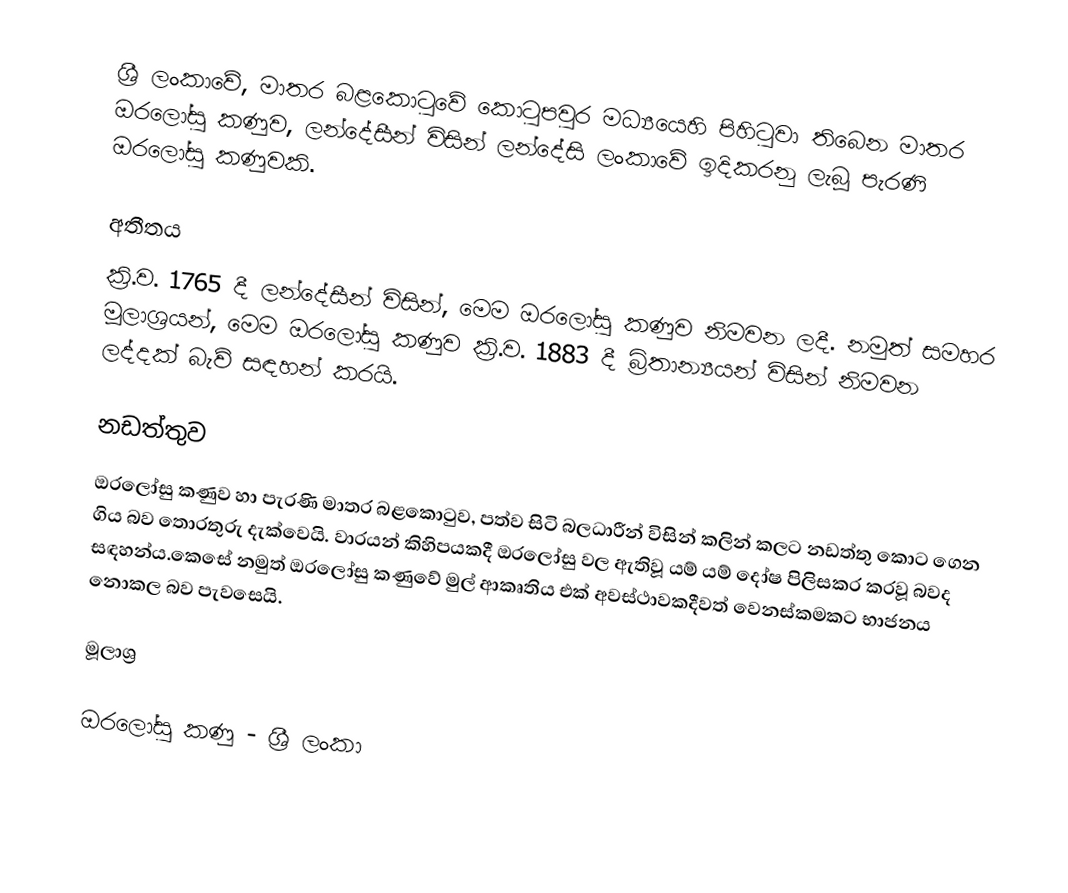
ශ්‍රී ලංකාවේ, මාතර බළකොටුවේ කොටුපවුර මධ්‍යයෙහි පිහිටුවා තිබෙන මාතර ඔරලෝසු කණුව, ලන්දේසීන් විසින් ලන්දේසි ලංකාවේ ඉදිකරනු ලැබූ පැරණි ඔරලෝසු කණුවකි.

අතීතය
ක්‍රි.ව.  1765 දී ලන්දේසීන් විසින්, මෙම ඔරලෝසු කණුව නිමවන ලදී. නමුත් සමහර මූලාශ්‍රයන්, මෙම ඔරලෝසු කණුව ක්‍රි.ව.  1883 දී බ්‍රිතාන්‍යයන් විසින් නිමවන ලද්දක් බැව් සඳහන් කරයි.

නඩත්තුව
ඔරලෝසු කණුව හා පැරණි මාතර බළකොටුව, පත්ව සිටි බලධාරීන් විසින් කලින් කලට නඩත්තු කොට ගෙන ගිය බව තොරතුරු දැක්වෙයි. වාරයන් කිහිපයකදී ඔරලෝසු වල ඇතිවූ යම් යම් දෝෂ පිලිසකර කරවූ බවද සඳහන්ය.කෙසේ නමුත් ඔරලෝසු කණුවේ මුල් ආකෘතිය එක් අවස්ථාවකදීවත් වෙනස්කමකට භාජනය නොකල බව පැවසෙයි.

මූලාශ්‍ර

ඔරලෝසු කණු - ශ්‍රී ලංකා